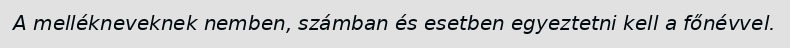
A mellékneveknek nemben, számban és esetben egyeztetni kell a főnévvel.